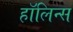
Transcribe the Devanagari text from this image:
हॉलिन्स